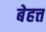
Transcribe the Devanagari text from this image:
बेहत्त